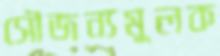
সৌজন্যমুলক